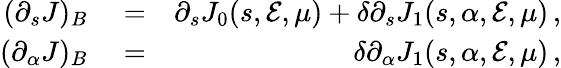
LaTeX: \begin{array}{rlr}{(\partial_{s}J)_{B}}&{{}=}&{\partial_{s}J_{0}(s,{\cal E},\mu)+\delta\partial_{s}J_{1}(s,\alpha,{\cal E},\mu)\, ,}\\ {(\partial_{\alpha}J)_{B}}&{{}=}&{\delta\partial_{\alpha}J_{1}(s,\alpha,{\cal E},\mu)\, ,}\end{array}